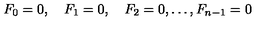
F _ { 0 } = 0 , \quad F _ { 1 } = 0 , \quad F _ { 2 } = 0 , \dots , F _ { n - 1 } = 0